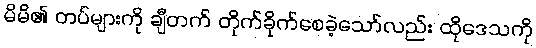
မိမိ၏ တပ်များကို ချီတက် တိုက်ခိုက်စေခဲ့သော်လည်း ထိုဒေသကို